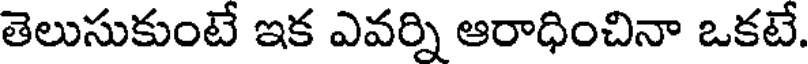
తెలుసుకుంటే ఇక ఎవర్ని ఆరాధించినా ఒకటే.